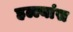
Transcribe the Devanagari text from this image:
हल्ल्यांस